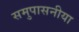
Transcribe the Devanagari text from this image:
समुपासनीया